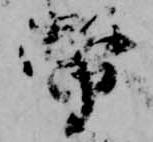
幣